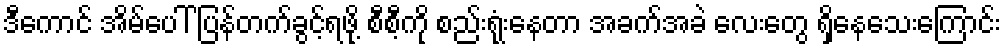
ဒီကောင် အိမ်ပေါ် ပြန်တက်ခွင့်ရဖို့ စီစီ့ကို စည်းရုံးနေတာ အခက်အခဲ လေးတွေ ရှိနေသေးကြောင်း